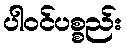
ပါဝင်ပစ္စည်း